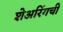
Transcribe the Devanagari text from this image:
शेअरिंगची